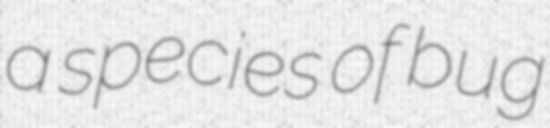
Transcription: a species of bug